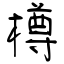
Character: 樽